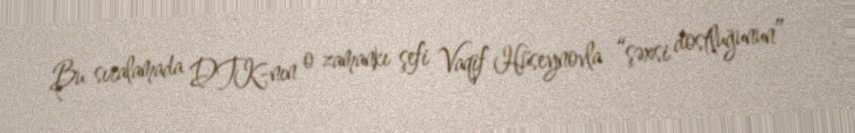
Bu sıralamada DTK-nın o zamankı şefi Vaqif Hüseynovla “şəxsi dostluğunun”